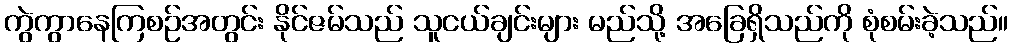
ကွဲကွာနေကြစဉ်အတွင်း နိုင်ဇမ်သည် သူငယ်ချင်းများ မည်သို့ အခြေရှိသည်ကို စုံစမ်းခဲ့သည်။